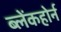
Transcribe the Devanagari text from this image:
ब्लेंकहोर्न